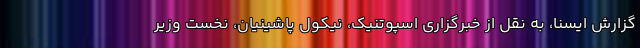
گزارش ایسنا، به نقل از خبرگزاری اسپوتنیک، نیکول پاشینیان، نخست وزیر